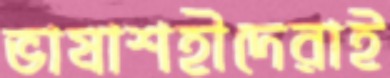
ভাষাশহীদেরাই